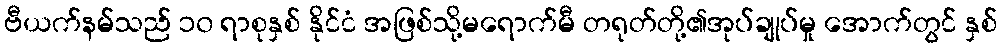
ဗီယက်နမ်သည် ၁၀ ရာစုနှစ် နိုင်ငံ အဖြစ်သို့မရောက်မီ တရုတ်တို့၏အုပ်ချုပ်မှု အောက်တွင် နှစ်